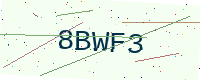
Text: 8BWF3